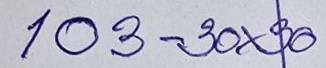
103 - 30x30